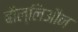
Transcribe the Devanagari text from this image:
बौल्लिऔन